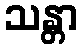
သန္တာ